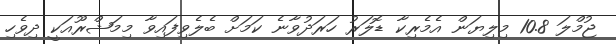
ޖުމްލަ 10.8 މިލިޔަން އެމެރިކާ ޑޮލަރު ހަރަދުވާނެ ކަމަށް ބެލެވިފައިވާ މިމަޝްރޫއަކީ ދިވެހި